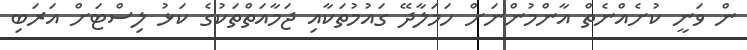
ން ވަނީ ކުށެއްނެތް އާންމުންނަށް ހަމަލާދޭ ގައުމުތަކާއި ޖަމާއަތްތަކުގެ ކަޅު ލިސްޓަށް އަރަބި